Burma Government Medical School reports 1923-41
Year: 1923
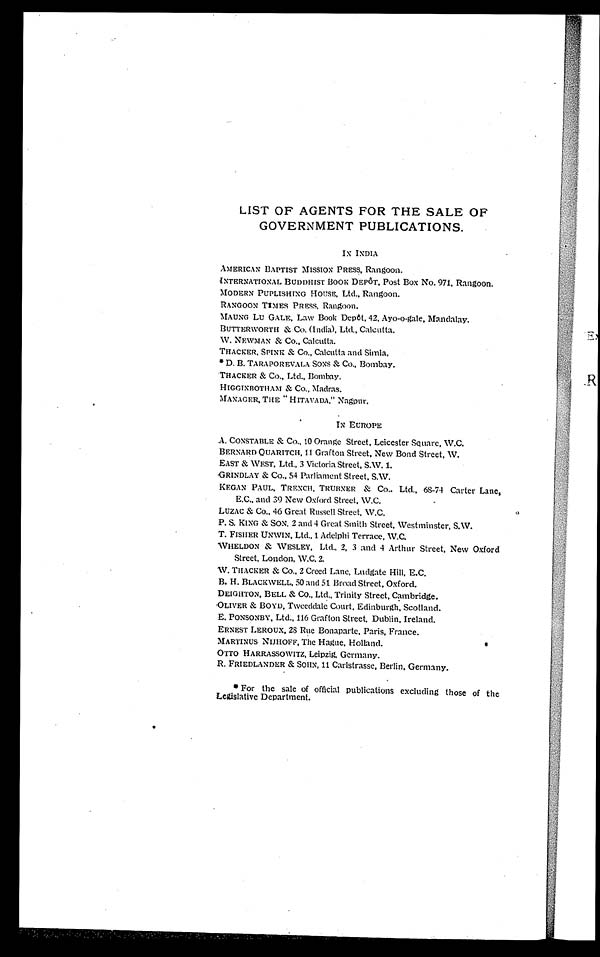
LIST OF AGENTS FOR THE SALE OF
GOVERNMENT PUBLICATIONS.
IN INDIA
AMERICAN BAPTIST MISSION PRESS, Rangoon.
INTERNATIONAL BUDDHIST BOOK DEPOT, Post Box No. 971. Rangoon.
MODERN PUPLISHING HOUSE, Ltd. , Rangoon.
RANGOON TIMES PRESS, Rangoon.
MAUNG Lu GALE, Law Book Depôt , 42, Ayo-o-gal e, Mandal ay.
BUTTERWORTH & Co. (Indi a), Ltd. , Cal cutta.
W. NEWMAN & Co., Calcutta.
THACKER, SPINK & Co. , Cal cutta and Si ml a,
•D. B. TARAPOREVALA SONS & Co. , Bombay.
TRACKER & Co. , Ltd. , Bombay.
HIGGINBOTHAM & Co. , Madras.
MANAGER, THE " HITAVADA, " Nagpnr,
IN EUROPE
A. CONSTABLE & Co. , 10 Orange Street, Leicester Square, W. C.
BERNARD QUARITCH, 11 Grafton Street, New Bond Street, W.
EAST & WEST, Ltd. , 3 Vi ctori a Street, S. W. 1.
GRINDLAY & Co. , 54 Parl i ament Street, S. W.
E. C. , and 39 New Oxford Street, W. C.
LUZAC & Co. , 46 Great Russell Street, W. C.
P. S. KING & SON, 2 and 4 Great Smi t h St reet , West mi nst er, S. W.
T. FISHER UN VIN, Ltd. , 1 Adelphi Terrace, W. C.
WHELDON & WESLEY, Ltd., 2, 3 and 4 Arthur Street, New Oxford
Street, London, W. C. 2.
W. TRACKER & Co. , 2 Creed Lane, Ludgate Hill, E. C.
B. H. BLACKWELL, 50 and 51 Broad Street, Oxford.
DEIGHTON, BELL & CO. , Ltd. , Trinity Street, Cambridge.
OLIVER BOYD, Tweeddale Court, Edinburgh, Scotland.
E. PONSONBY, Ltd. , 116 Grafton Street, Dublin, Ireland.
ERNEST LEROUX, 28 Rue Bonaparte, Paris, France.
MARTINUS NIJHOFF, The Hague, Holland.
OTTO HARRASSOWITZ, Lei pzi g, Germany.
R. FRIEDLANDER & SOHN, 11 Carlstrasse, Berlin, Germany.
•For the sale of official publications excluding those of the
Legislative Department.